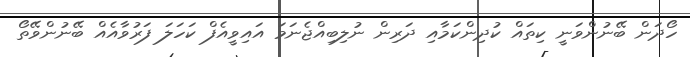
ހޯދަން ބޭނުންވަނީ ކިތައް ކުދިންކަމާއި ދަރިން ނުލިބިއްޖެނަމަ އައިވީއެފް ކަހަލަ ފަރުވާއެއް ބޭނުންވޭތޯ